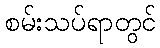
စမ်းသပ်ရာတွင်